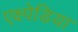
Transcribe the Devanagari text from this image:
एक्ष्पेडिया